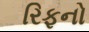
રિફનો